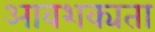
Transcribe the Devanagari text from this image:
आवशक्यता